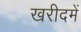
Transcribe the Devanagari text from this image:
खरीदमें